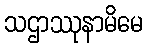
သဌာဿုနာမိမေ